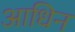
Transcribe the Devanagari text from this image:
आधिन